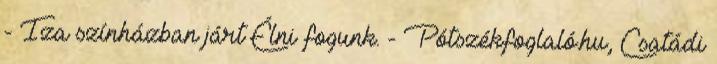
- Iza színházban járt Élni fogunk. - Pótszékfoglaló.hu, Csatádi